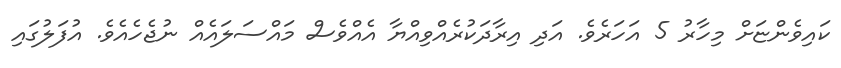
ކައިވެންޏަށް މިހާރު 5 އަހަރެވެ. އަދި އިރާދަކުރެއްވިއްޔާ އެއްވެސް މައްސަލައެއް ނުޖެހެއެވެ. އުފަލުގައި